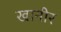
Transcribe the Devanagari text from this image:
खानीर